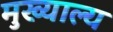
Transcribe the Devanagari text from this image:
मुख्याल्य